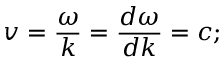
v = { \frac { \omega } { k } } = { \frac { d \omega } { d k } } = c ;